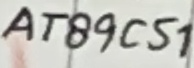
Text: AT89C51